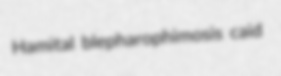
Hamital blepharophimosis caid